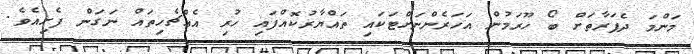
މަންމަ ދެފަރާތަށް ބޯ ހޫރަމުން އަހަރެންނަށްޓަކައި ތައްޔާރުކޮއްފައި ހުރި އެއްޗެހިތައް ނަގަން ފެށިއެވެ.